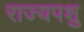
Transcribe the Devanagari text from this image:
राज्यपशु